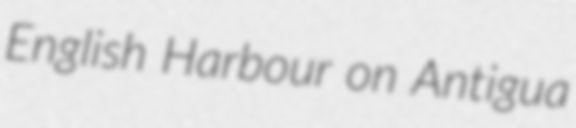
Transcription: English Harbour on Antigua